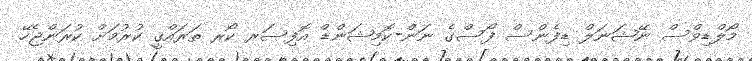
މޯލްޑިވްސް ނޭޝަނަލް ޑިފެންސް ފޯސްގެ ނަން-ކޮމިޝަންޑް އޮފިސަރ ކޯރ ތަރައްޤީ ކުރުމަށް ކުރަންޖެހޭ